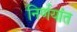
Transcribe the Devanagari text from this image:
निर्णयांत